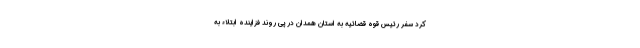
کرد سفر رئیس قوه قضائیه به استان همدان در پی روند فزاینده ابتلاء به